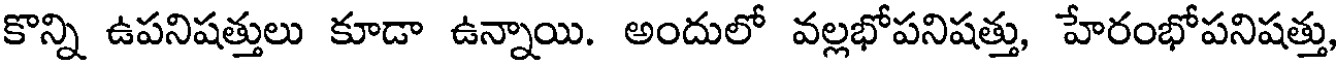
కొన్ని ఉపనిషత్తులు కూడా ఉన్నాయి. అందులో వల్లభోపనిషత్తు, హేరంభోపనిషత్తు